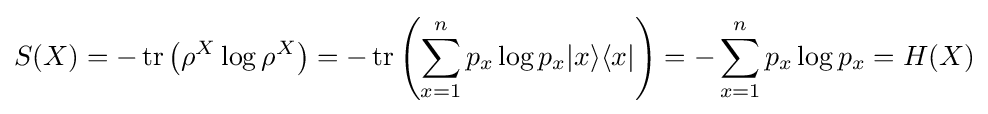
S(X)=-\operatorname {tr} \left(\rho ^{X}\log \rho ^{X}\right)=-\operatorname {tr} \left(\sum _{x=1}^{n}p_{x}\log p_{x}|x\rangle \langle x|\right)=-\sum _{x=1}^{n}p_{x}\log p_{x}=H(X)